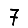
Digit: 7